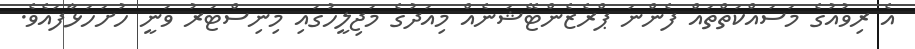
އެ ރިވުއުގެ މަސައްކަތްތައް ފެންނަ ޕްރެޒެންޓޭޝަނެއް މިއަދުގެ މަޖިލީހުގައި މިނިސްޓަރު ވަނީ ހުށަހަޅާފައެވެ.